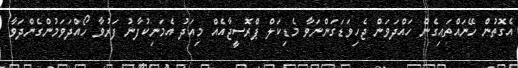
އެގޮތުން ހޭނައްތައިގެން ހައްދަވަން ޖެހިވަޑަގަންނަވާ މެޑިކަލް ޕްރޮސީޖާއެއް މިއަދު އެމަނިކުފާނު ފަރުވާ ހޯއްދަވަމުންގެންދަވާ